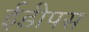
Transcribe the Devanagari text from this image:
ईडीपस